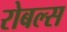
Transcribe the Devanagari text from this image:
रोबल्स